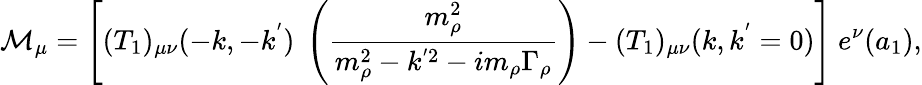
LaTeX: {\cal M}_{\mu}=\left[(T_{1})_{\mu\nu}(-k,-k^{'})~\left({\frac{m_{\rho}^{2}}{m_{\rho}^{2}-k^{'2}-im_{\rho}\Gamma_{\rho}}}\right)-(T_{1})_{\mu\nu}(k,k^{'}=0)\right]~e^{\nu}(a_{1}),